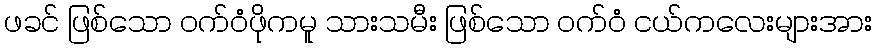
ဖခင် ဖြစ်သော ဝက်ဝံဖိုကမူ သားသမီး ဖြစ်သော ဝက်ဝံ ငယ်ကလေးများအား